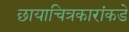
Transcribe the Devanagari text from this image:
छायाचित्रकारांकडे